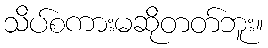
သိပ်စကားမဆိုတတ်ဘူး။